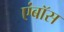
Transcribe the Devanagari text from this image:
एंबॉस